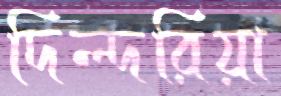
দিল্‌দরিয়া